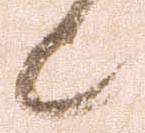
候